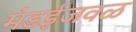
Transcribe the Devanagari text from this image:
मंडईजवळ